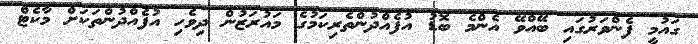
ގައުމީ ފެންވަރުގައި ބޭއްވޭ އެންމެ ބޮޑު އުފެއްދުންތެރިކަމުގެ މައުރަޒުން ދިވެހި އުފެއްދުންތަކަށް މާކެޓް